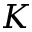
K